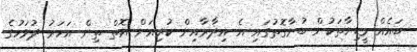
ބައެއް މީޑިޔާތަކުން ބުނާގޮތުގައި އެ އިދާރާއިން ކުރިއަށް އޮތް ތިން އަހަރު ދުވަހުގެ